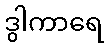
ဒွါကာရေ